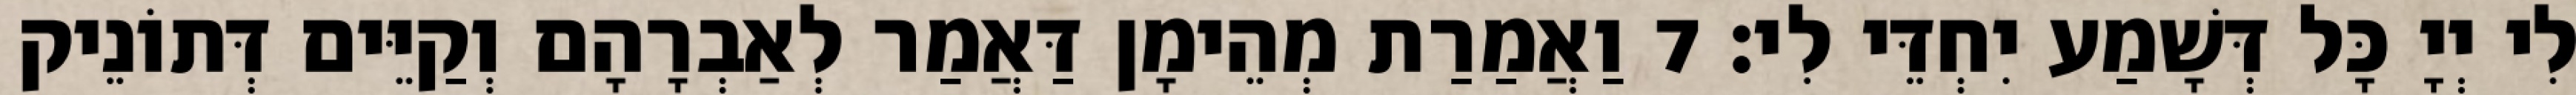
לִי יְיָ כָּל דְּשָׁמַע יִחְדֵּי לִי׃ 7 וַאֲמַרַת מְהֵימָן דַּאֲמַר לְאַבְרָהָם וְקַיֵּים דְּתוֹנֵיק